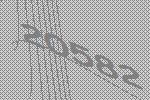
20582